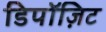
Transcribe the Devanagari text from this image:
डिपॉज़िट